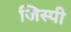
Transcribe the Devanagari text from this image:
जिस्पी